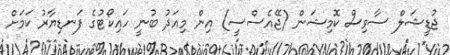
ޖުޑީޝަލް ސާވިސް ކޮމިޝަން (ޖޭއެސްސީ) އިން މިއަދު ބުނީ ހައިކޯޓުގެ ފަނޑިޔާރު ކަމަށް